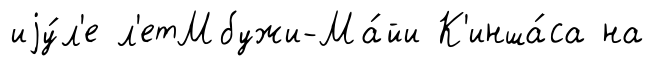
иjу́л'е л'етМбужи-Ма́йи К'инша́са на